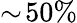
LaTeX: \sim\! 50\%